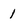
Character: 1